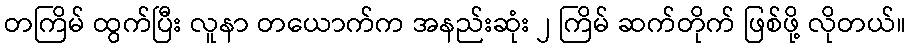
တကြိမ် ထွက်ပြီး လူနာ တယောက်က အနည်းဆုံး ၂ ကြိမ် ဆက်တိုက် ဖြစ်ဖို့ လိုတယ်။